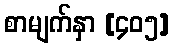
စာမျက်နှာ [၄၀၅]